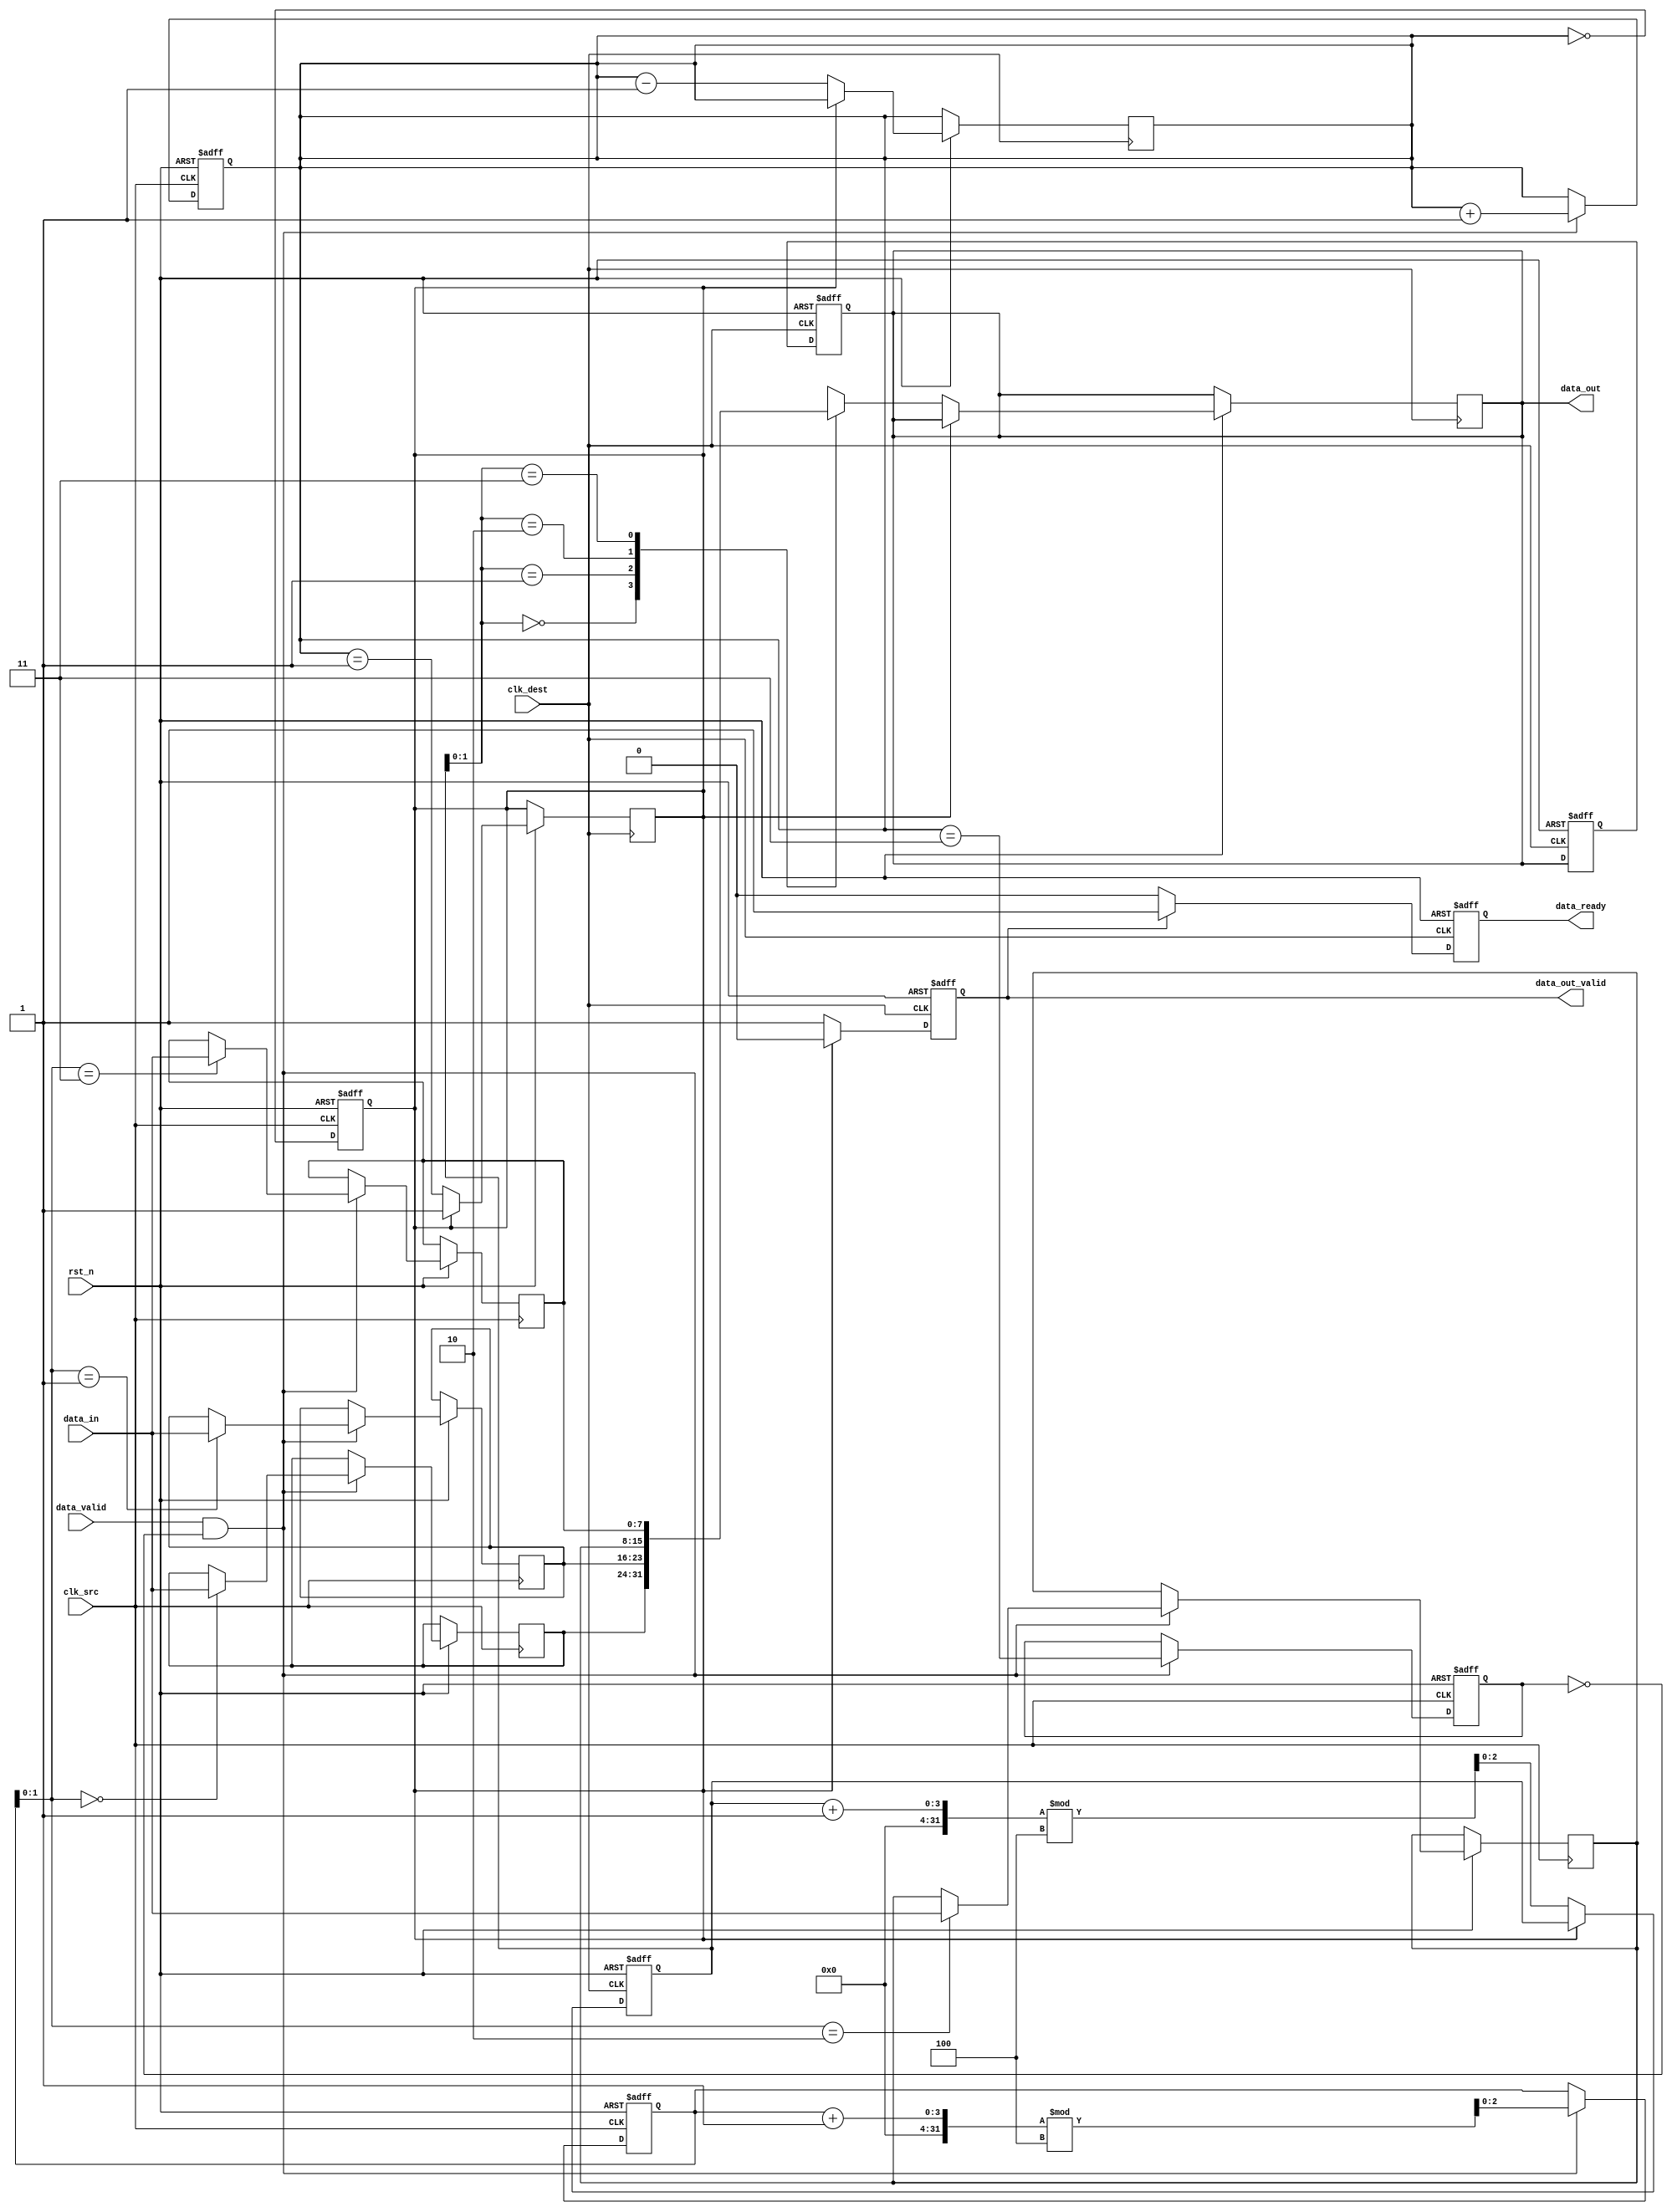
module MemoryBlocksPipelineSynchronizer #(
    parameter DATA_WIDTH = 8,
    parameter FIFO_DEPTH = 4
)(
    input wire clk_src,                // Source clock
    input wire clk_dest,               // Destination clock
    input wire rst_n,                  // Asynchronous reset (active low)
    input wire [DATA_WIDTH-1:0] data_in, // Data input
    input wire data_valid,             // Data valid signal from source
    output reg data_ready,             // Data ready signal for destination
    output reg [DATA_WIDTH-1:0] data_out, // Data output
    output reg data_out_valid          // Data output valid signal
);

    // FIFO buffer implementation
    reg [DATA_WIDTH-1:0] fifo [0:FIFO_DEPTH-1];
    reg [2:0] write_ptr, read_ptr;     // Pointers for FIFO
    reg [2:0] fifo_count;               // Number of elements in FIFO

    // Dual flop synchronization
    reg [DATA_WIDTH-1:0] sync_ff1, sync_ff2;
    
    // Handshaking signals
    reg fifo_full, fifo_empty;

    // Asynchronous reset and FIFO write logic
    always @(posedge clk_src or negedge rst_n) begin
        if (!rst_n) begin
            write_ptr <= 0;
            fifo_count <= 0;
            fifo_full <= 0;
        end else if (data_valid && !fifo_full) begin
            fifo[write_ptr] <= data_in;
            write_ptr <= (write_ptr + 1) % FIFO_DEPTH;
            fifo_count <= fifo_count + 1;
            fifo_full <= (fifo_count == FIFO_DEPTH - 1);
        end
    end

    // FIFO read logic
    always @(posedge clk_dest or negedge rst_n) begin
        if (!rst_n) begin
            read_ptr <= 0;
            data_out_valid <= 0;
            data_ready <= 0;
        end else begin
            if (!fifo_empty) begin
                data_out <= fifo[read_ptr];
                data_out_valid <= 1;
                read_ptr <= (read_ptr + 1) % FIFO_DEPTH;
                fifo_count <= fifo_count - 1;
                fifo_empty <= (fifo_count == 1);
            end else begin
                data_out_valid <= 0;
            end
            
            // Handshake logic
            if (data_out_valid) begin
                data_ready <= 1; // Indicate data is ready for consumption
            end else begin
                data_ready <= 0;
            end
        end
    end

    // Synchronization logic
    always @(posedge clk_dest or negedge rst_n) begin
        if (!rst_n) begin
            sync_ff1 <= 0;
            sync_ff2 <= 0;
        end else begin
            sync_ff1 <= data_out; // First stage of synchronization
            sync_ff2 <= sync_ff1; // Second stage of synchronization
        end
    end

    // Final output assignment
    always @(*) begin
        data_out = sync_ff2; // Output the synchronized data
    end

    // FIFO empty flag logic
    always @(posedge clk_src or negedge rst_n) begin
        if (!rst_n) begin
            fifo_empty <= 1;
        end else begin
            fifo_empty <= (fifo_count == 0);
        end
    end

endmodule